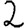
Digit: 2